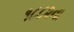
૧૮૮૨ના